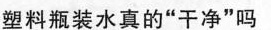
塑料瓶装水真的“干净”吗